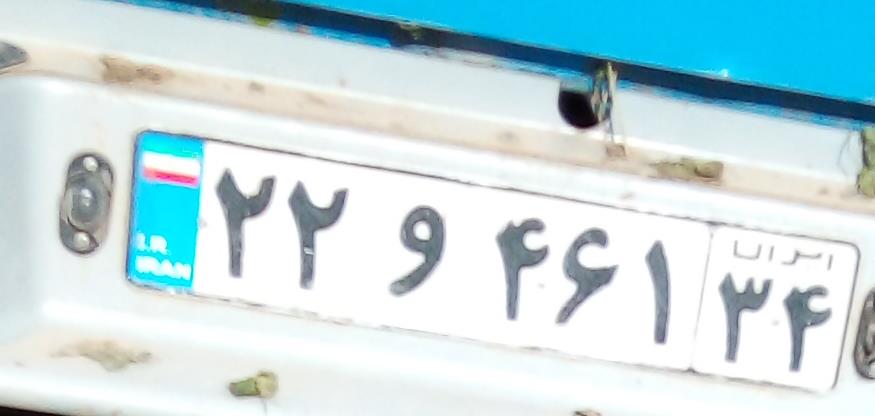
۲۲و۴۶۱۳۴